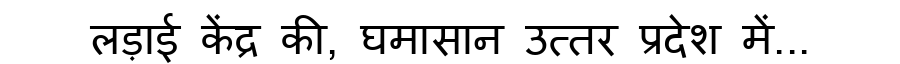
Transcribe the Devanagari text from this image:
लड़ाई केंद्र की, घमासान उत्तर प्रदेश में...